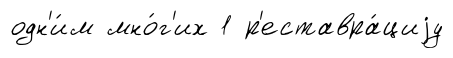
одн'и́м мно́г'их 1 р'еставра́циjу